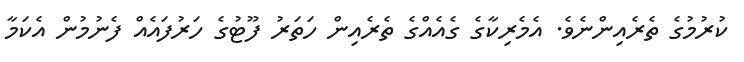
ކުރުމުގެ ތެރެއިންނެވެ. އެމެރިކާގެ ގެއެއްގެ ތެރެއިން ހަތަރު ފޫޓުގެ ހަރުފައެއް ފެނުމުން އެކަމާ